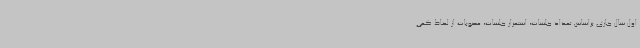
اول سال جاری براساس تعداد جلسات، استمرار جلسات، مصوبات از لحاظ کمی